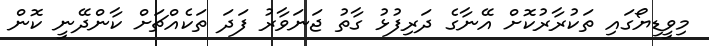
މިވީޑިޔޯގައި ތަކުރާރުކޮށް އޭނާގެ ދަރިފުޅު ގާތު ޖަނަވާރު ފަދަ ތަކެއްޗަށް ކާންދޭނީ ކޮން